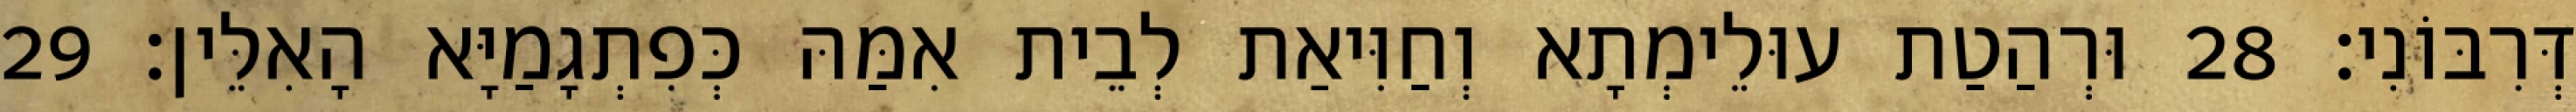
דְּרִבּוֹנִי׃ 28 וּרְהַטַת עוּלֵימְתָא וְחַוִּיאַת לְבֵית אִמַּהּ כְּפִתְגָמַיָּא הָאִלֵּין׃ 29